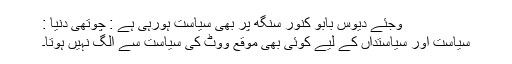
وجئے دیوس بابو کنور سنگھ پر بھی سیاست ہورہی ہے : چوتھی دنیا :
سیاست اور سیاستداں کے لیے کوئی بھی موقع ووٹ کی سیاست سے الگ نہیں ہوتا۔